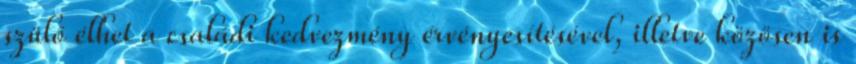
szülő élhet a családi kedvezmény érvényesítésével, illetve közösen is